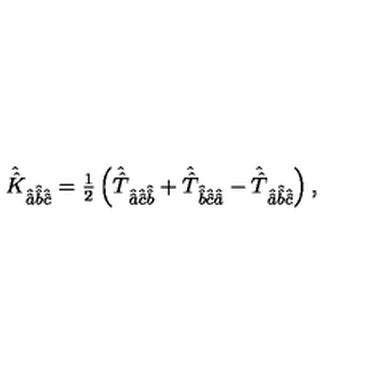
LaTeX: \hat { \hat { K } } _ { \hat { \hat { a } } \hat { \hat { b } } \hat { \hat { c } } } = { \textstyle \frac { 1 } { 2 } } \left( \hat { \hat { T } } _ { \hat { \hat { a } } \hat { \hat { c } } \hat { \hat { b } } } + \hat { \hat { T } } _ { \hat { \hat { b } } \hat { \hat { c } } \hat { \hat { a } } } - \hat { \hat { T } } _ { \hat { \hat { a } } \hat { \hat { b } } \hat { \hat { c } } } \right) ,